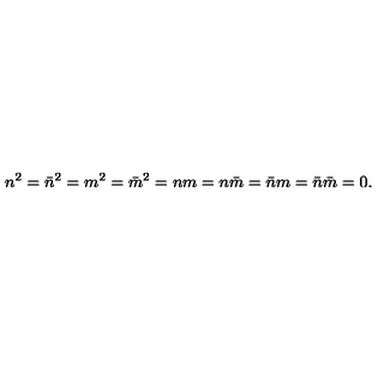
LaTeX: n ^ { 2 } = \bar { n } ^ { 2 } = m ^ { 2 } = \bar { m } ^ { 2 } = n m = n \bar { m } = \bar { n } m = \bar { n } \bar { m } = 0 .